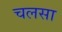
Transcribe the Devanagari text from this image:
चलसा